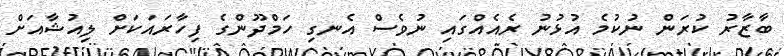
ބާޒާރު ކުރަން ނުކުމެ އުޅުނު ރެއެއްގައި ނުވެސް އެނގި ހަމްދޫންގެ ފިހާރައަކަށް ލިއުޝާއަށް